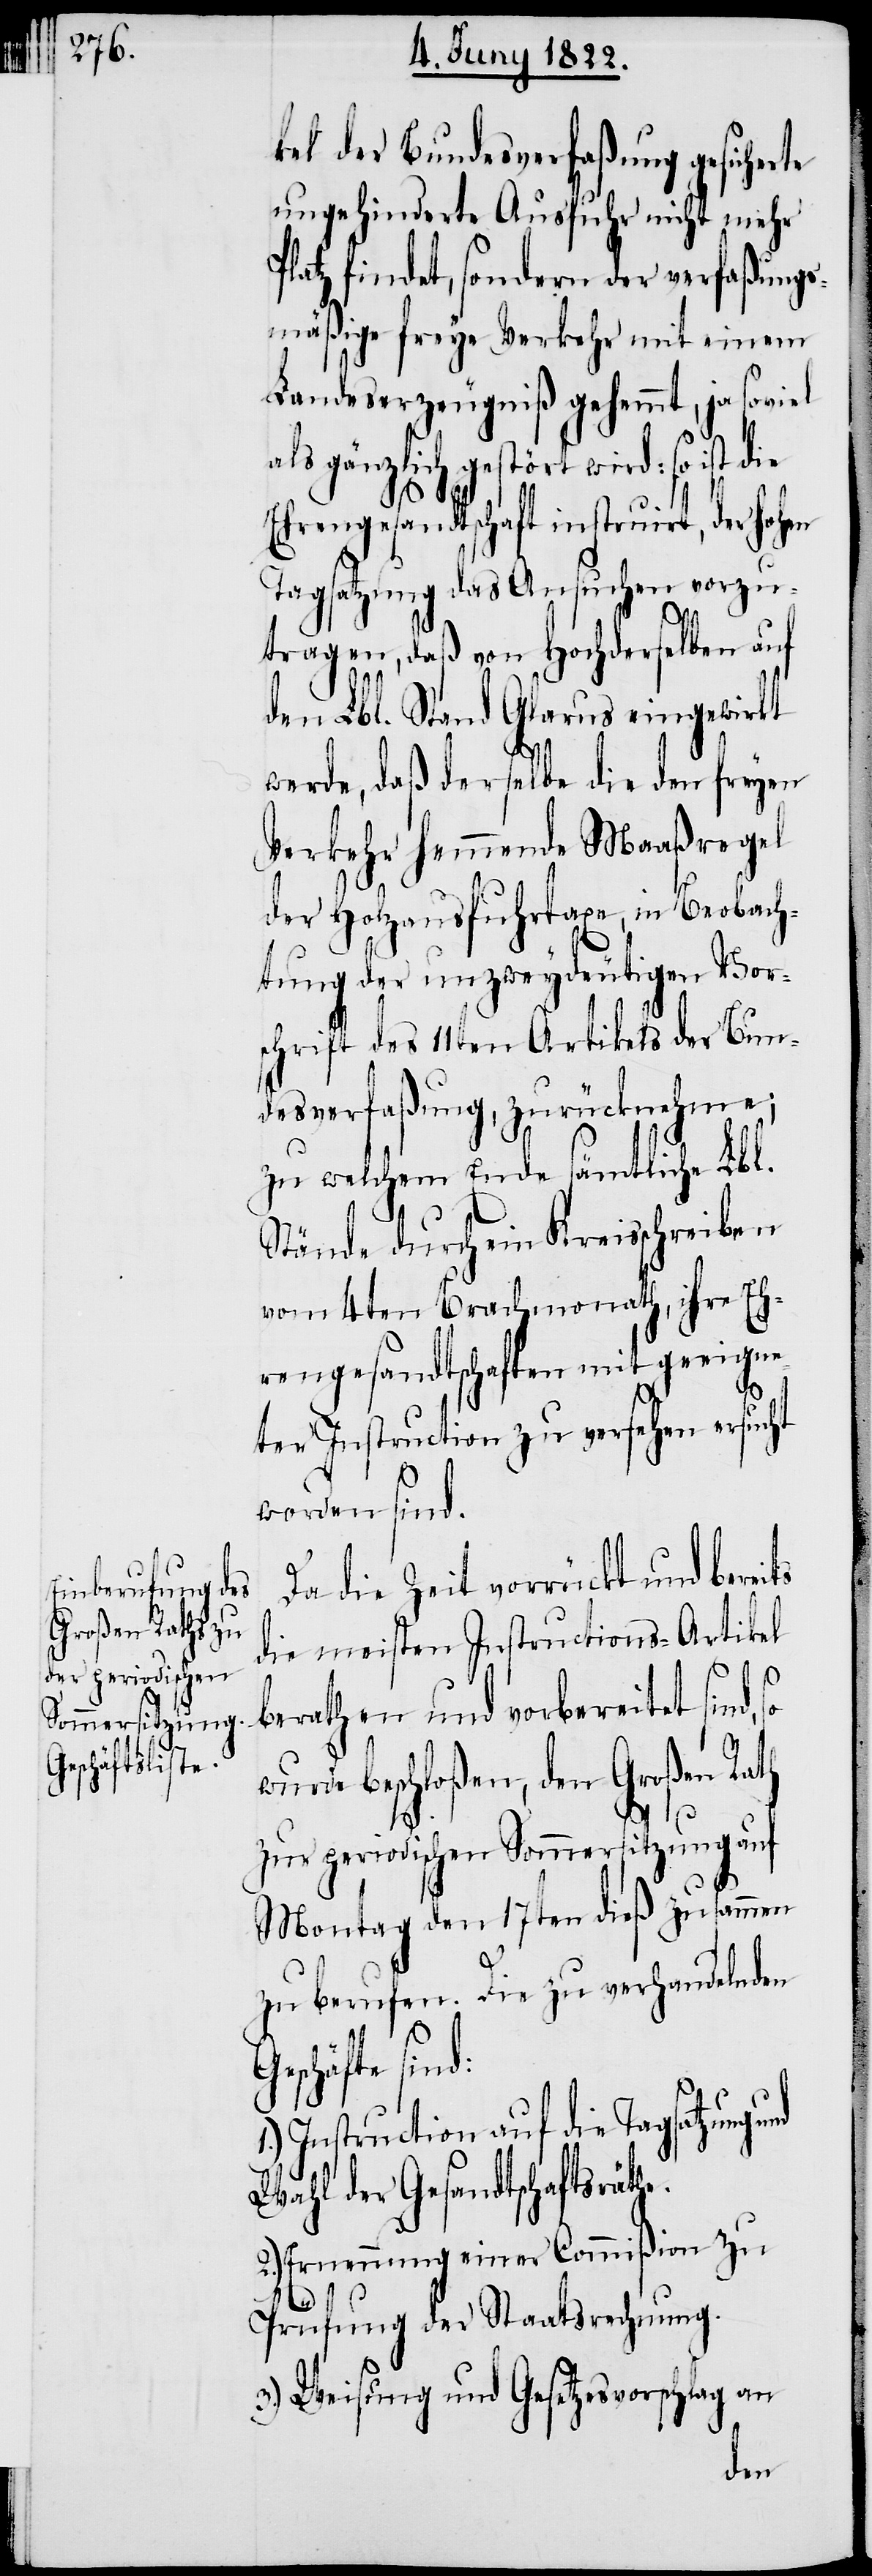
Geschäfte

kel der Bundesverfaßung gesicherte
ungehinderte Ausfuhr nicht mehr
Platz findet, sondern der verfaßungs¬
mäßige freye Verkehr mit einem
Landeserzeugniß gehemmt, ja soviel
als gänzlich gestört wird: so ist die
Ehrengesandtschaft instruirt, der hohen
Tagsatzung das Ansuchen vorzu¬
tragen, daß von Hochderselben auf
den Lbl. Stand Glarus eingewirkt
werde, daß derselbe die den freyen
Verkehr hemmende Maaßregel
der Holzausfuhrtaxe, in Beobach¬
tung der unzweydeutigen Vor¬
schrift des 11ten Artikels der Bun¬
desverfaßung, zurücknehme;
zu welchem Ende sämtliche Lbl.
Stände, durch ein Kreisschreiben
vom 4ten Brachmonath, ihre Eh¬
rengesandtschaften mit beeigne¬
ter Instruction zu versehen ersucht
worden sind.
Da die Zeit vorrückt und berei¬
die meisten Instructions-Artikel
berathen und vorbereitet sin¬
wurde beschloßen, den Großen Rath
zur periodischen Sommersitzung auf
Montag den 17ten dieß zusammen
zu berufen. Die zu verhandelnden
1.) Instruction auf die Tagsatzung u¬
Wahl der Gesandtschaftsräth¬
Ernennung einer Commißion zu
2.)
Prüfung der Staatsrechnung.
3.) Weisung und Gesetzesvorschlag an